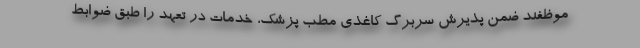
موظفند ضمن پذیرش سربرگ کاغذی مطب پزشک، خدمات در تعهد را طبق ضوابط